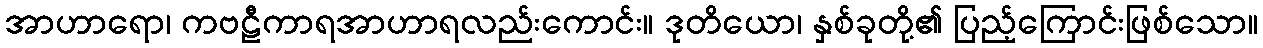
အာဟာရော၊ ကဗဠီကာရအာဟာရလည်းကောင်း။ ဒုတိယော၊ နှစ်ခုတို့၏ ပြည့်ကြောင်းဖြစ်သော။